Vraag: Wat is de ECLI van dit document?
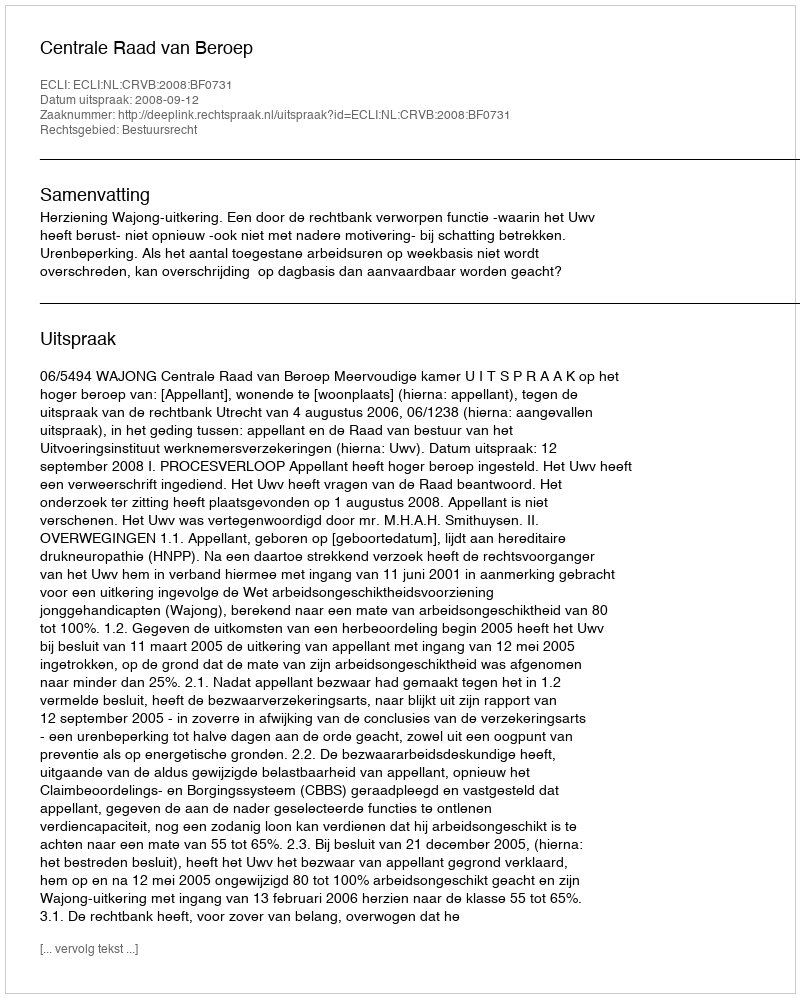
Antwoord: ECLI:NL:CRVB:2008:BF0731